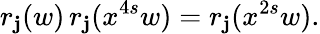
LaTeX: r_{\mathbf{j}}(w)\, r_{\mathbf{j}}(x^{4s}w)=r_{\mathbf{j}}(x^{2s}w).